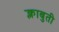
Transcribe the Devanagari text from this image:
क्लाबुती